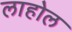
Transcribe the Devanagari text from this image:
लाहोल